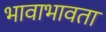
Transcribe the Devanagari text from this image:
भावाभावता